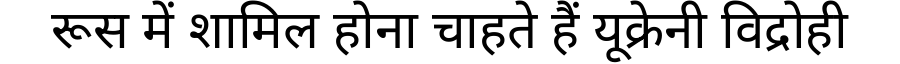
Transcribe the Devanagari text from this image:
रूस में शामिल होना चाहते हैं यूक्रेनी विद्रोही